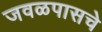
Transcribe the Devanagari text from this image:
जवळपासचे